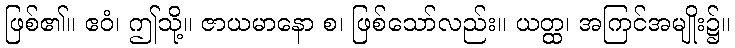
ဖြစ်၏။ ဧဝံ၊ ဤသို့။ ဇာယမာနော စ၊ ဖြစ်သော်လည်း။ ယတ္ထ၊ အကြင်အမျိုး၌။